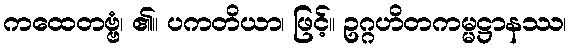
ကထေတဗ္ဗံ၊ ၏။ ပကတိယာ၊ ဖြင့်။ ဥဂ္ဂဟိတကမ္မဋ္ဌာနဿ၊